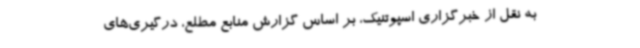
به نقل از خبرگزاری اسپوتنیک، بر اساس گزارش منابع مطلع، درگیری‌های